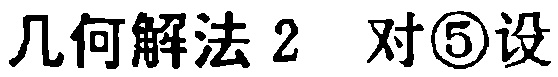
几何解法 2 对\textcircled{5}设